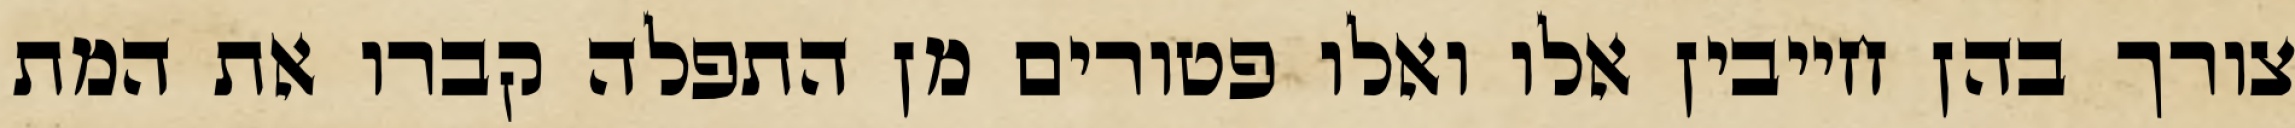
צורך בהן חייבין אלו ואלו פטורים מן התפלה קברו את המת